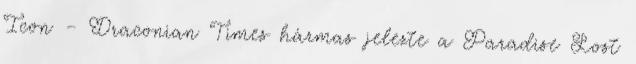
Icon – Draconian Times hármas jelezte a Paradise Lost